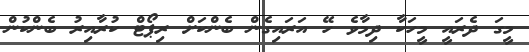
މީގަ ދެރައީ މީހަކާ ދިމާވެ ހޭ އަރައިގެން ބެންކަށް ރިޕޯޓް ކުރާއިރު ބެންކުން